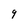
Character: 9